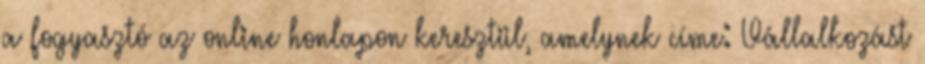
a fogyasztó az online honlapon keresztül, amelynek címe: Vállalkozást